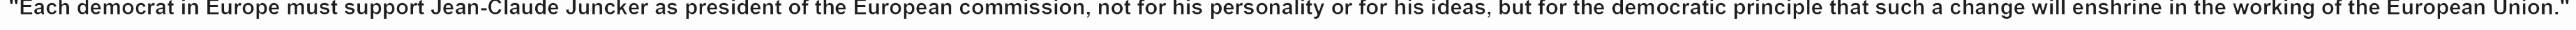
"Each democrat in Europe must support Jean-Claude Juncker as president of the European commission, not for his personality or for his ideas, but for the democratic principle that such a change will enshrine in the working of the European Union."